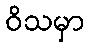
ဝိသမှာ